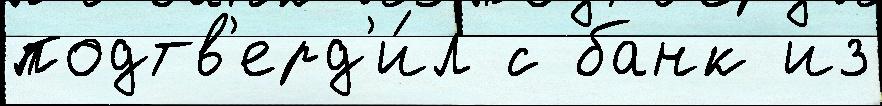
подтв'ерд'и́л с банк из